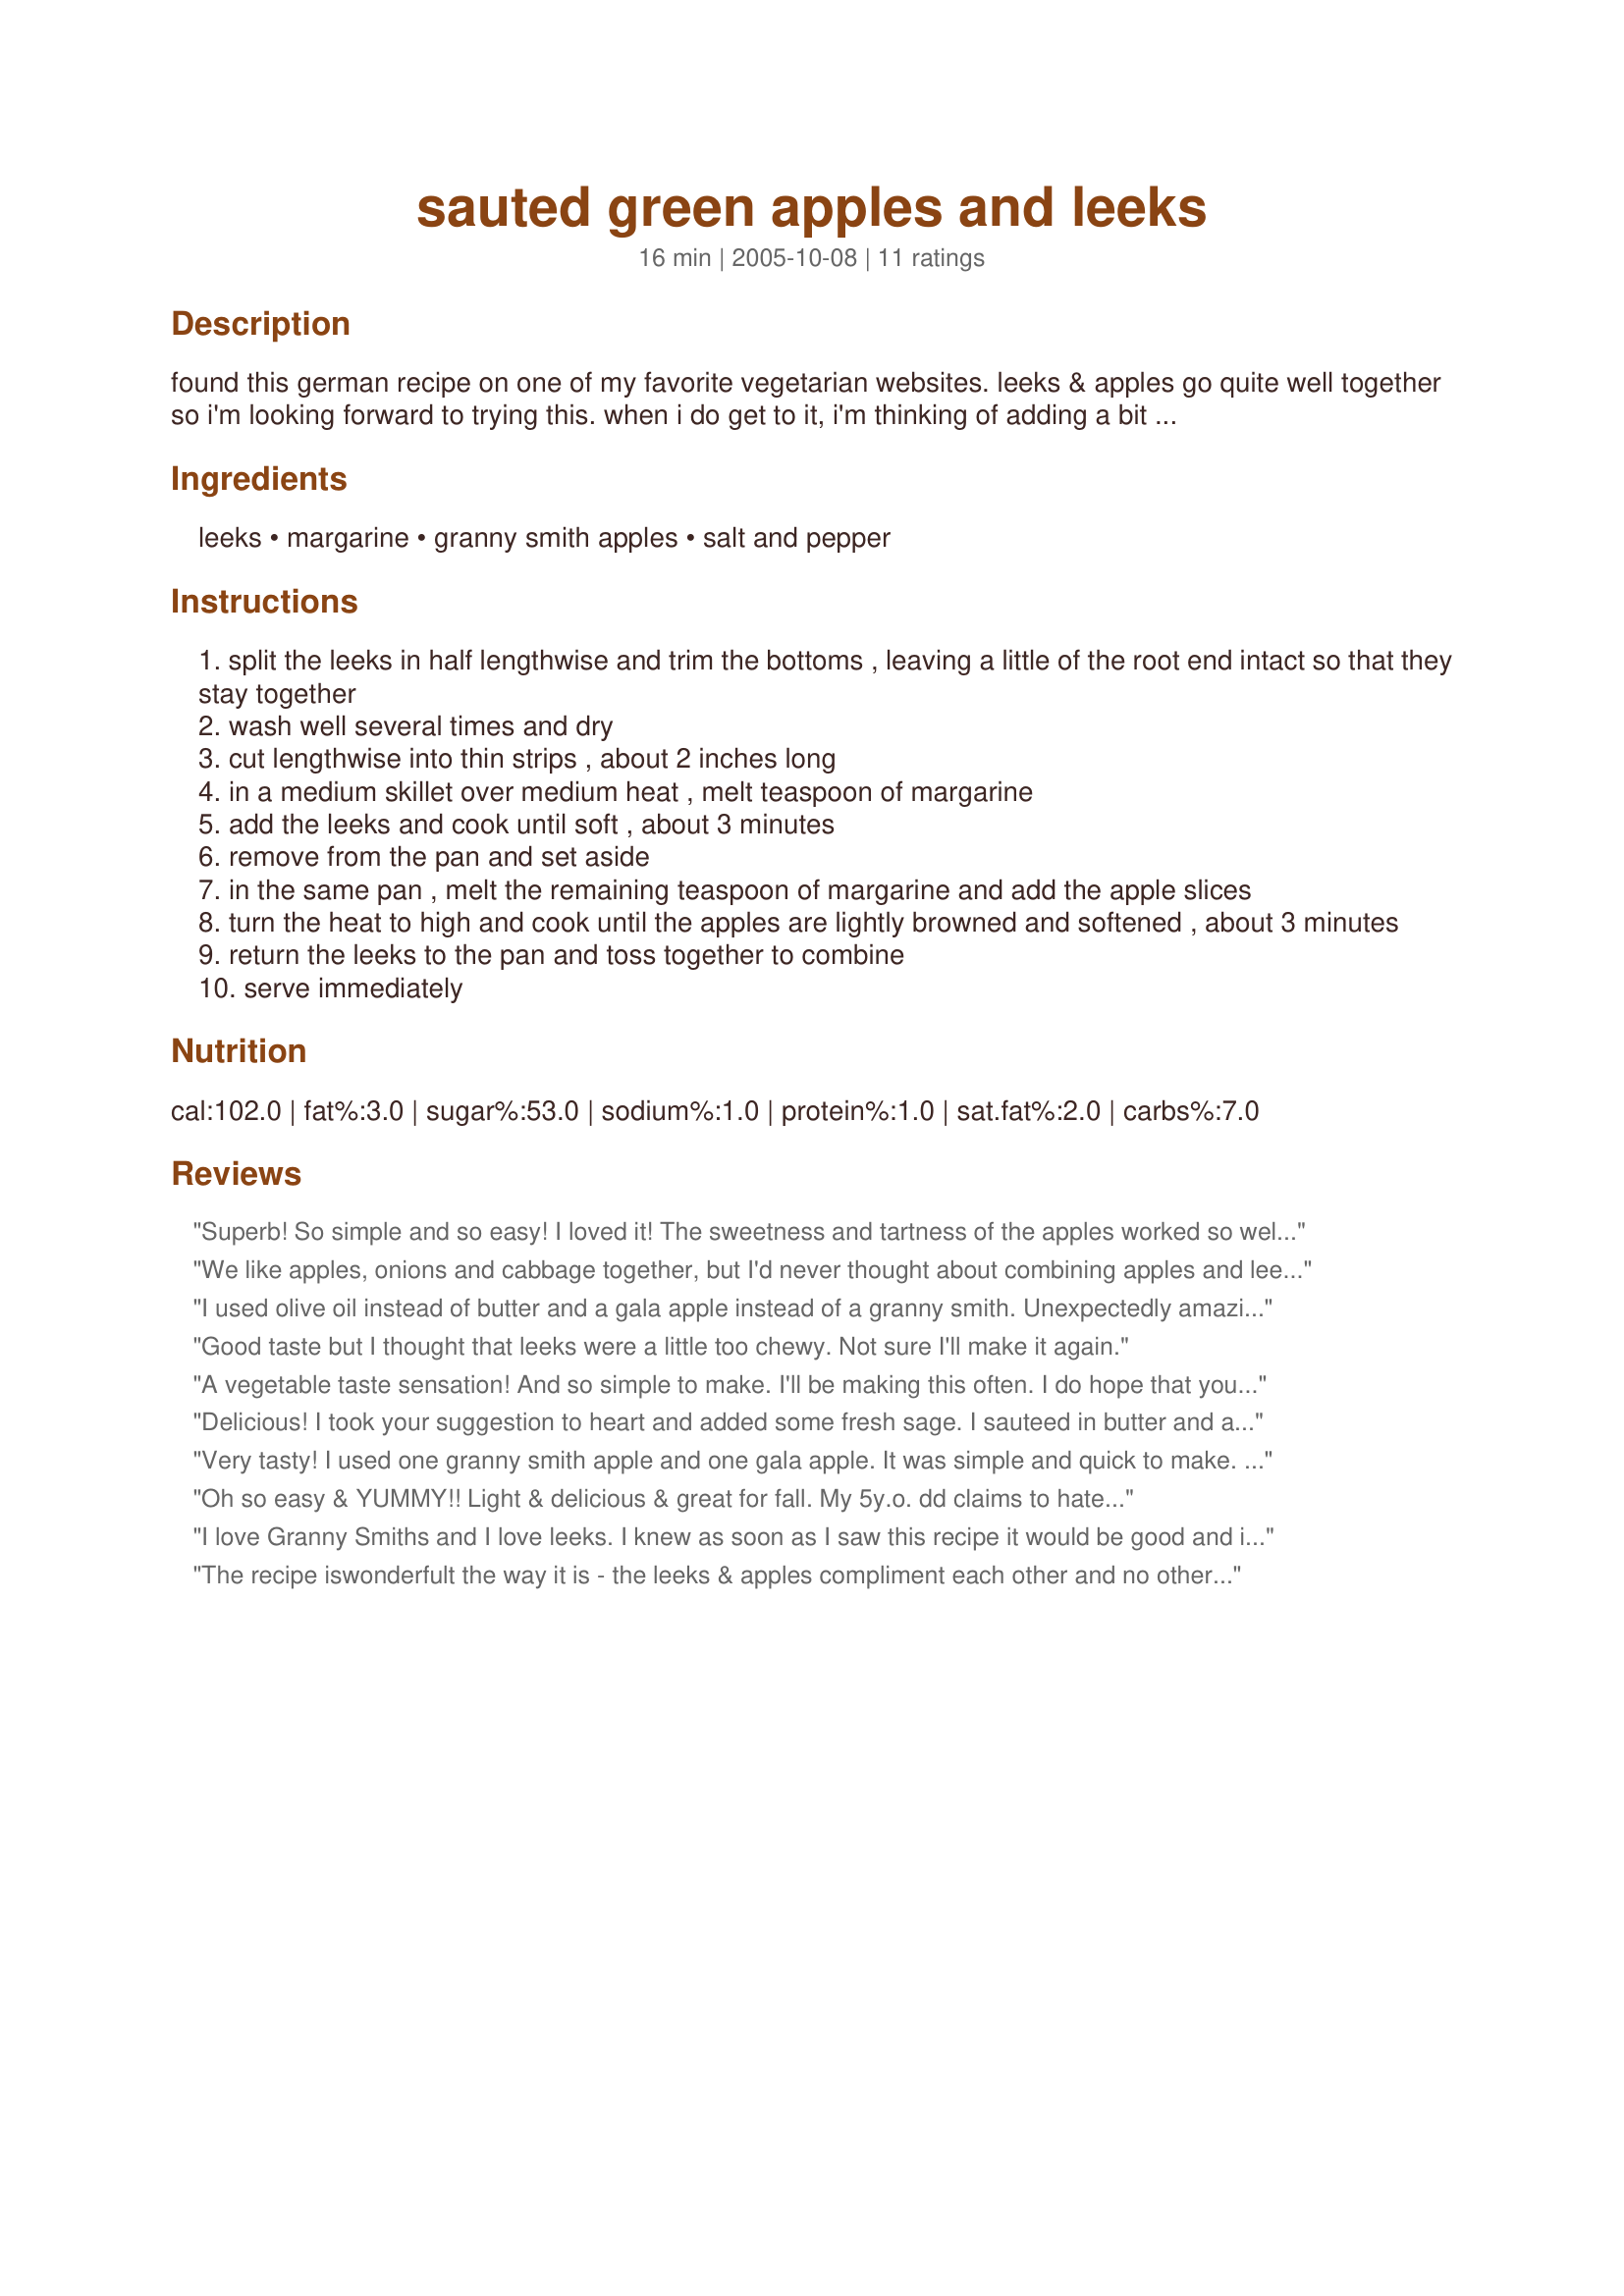
sauted green apples and leeks
Preparation time: 16 minutes

found this german recipe on one of my favorite vegetarian websites. leeks & apples go quite well together so i'm looking forward to trying this. when i do get to it, i'm thinking of adding a bit of fresh sage. posted for the zaar world tour

Ingredients:
leeks, margarine, granny smith apples, salt and pepper

Steps:
split the leeks in half lengthwise and trim the bottoms , leaving a little of the root end intact so that they stay together
wash well several times and dry
cut lengthwise into thin strips , about 2 inches long
in a medium skillet over medium heat , melt teaspoon of margarine
add the leeks and cook until soft , about 3 minutes
remove from the pan and set aside
in the same pan , melt the remaining teaspoon of margarine and add the apple slices
turn the heat to high and cook until the apples are lightly browned and softened , about 3 minutes
return the leeks to the pan and toss together to combine
serve immediately

Reviews:
Superb! So simple and so easy! I loved it! The sweetness and tartness of the apples worked so well against the oniony savory flavor of the leeks! Great low fat low cal side! Thanks Toni
We like apples, onions and cabbage together, but I'd never thought about combining apples and leeks before. This made a really nice change. A recipe that I'll repeat.
I used olive oil instead of butter and a gala apple instead of a granny smith. Unexpectedly amazing. Quick little lunch.
Good taste but I thought that leeks were a little too chewy. Not sure I'll make it again.
A vegetable taste sensation! And so simple to make. I'll be making this often. I do hope that you've tried this one by now, toni! I followed your suggestion of adding some sage, and I also added 2 cloves of minced garlic (with the leeks) and in step 4, on a sudden whim, I added a teaspoon of lemon juice and a teaspoon of brown sugar. Thanks for sharing this most unusual and fabulous recipe, one I'll keep in mind for dinner parties. It would go so well with any meat dishes, especially pork dishes.


Delicious! I took your suggestion to heart and added some fresh sage. I sauteed in butter and added some garlic with the leeks. This is a lovely accompaniment to a roast. Thanks, Toni!
Very tasty! I used one granny smith apple and one gala apple. It was simple and quick to make. I used a lot more butter than called for, because I misread the recipe. I think it would still taste great with the amount of butter in the recipe. Reviewed for ZWT 4, 2008.
Oh so easy & YUMMY!! Light & delicious & great for fall. My 5y.o. dd claims to hate leeks so I told her this was "apples & onions" (that always makes me think of Farmer Boy) & she LOVED it!! Thanks!!
I love Granny Smiths and I love leeks. I knew as soon as I saw this recipe it would be good and it was. I cooked the leeks longer to get that nice crispiness. The apples were so delicious cooked in the pan with the margarine and leeks. When it was time to . place the leeks back in the pan with the apples I gently pressed down with the back of a spatula and the apples and leeks became crispy that way. MMmmm!! Forgot the sage and I really wanted to try it with this. Next time...
 Thanks for posting. CG
The recipe iswonderfult the way it is - the leeks & apples compliment each other and no other flavor is needed. Quick & easy to make too. Because I cut the leeks quite fine I did not saute them ahead of the apples but did both together. They were perfect. I served them with rice, meatballs, new baby carrots & salsa. This recipe would be perfect with a pork roast or ham. Thanks toni for sharing this tasty recipe and adding a new vegetable combination for me to enjoy
This turned out better than I imagined. I used more butter than stated, but that just made it yummier. This was so simple and quick to make. Thanks for sharing.
